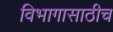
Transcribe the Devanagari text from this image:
विभागासाठीच